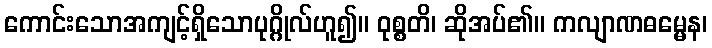
ကောင်းသောအကျင့်ရှိသောပုဂ္ဂိုလ်ဟူ၍။ ဝုစ္စတိ၊ ဆိုအပ်၏။ ကလျာဏဓမ္မေန၊